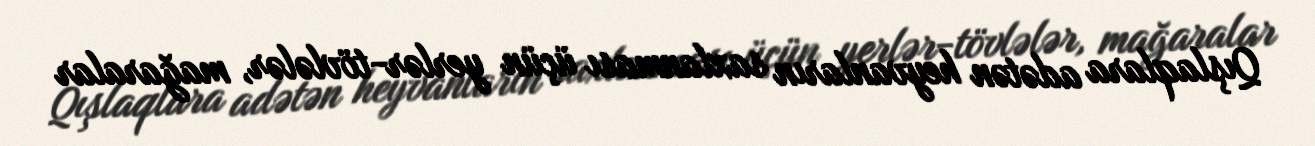
Qışlaqlara adətən heyvanların saxlanması üçün yerlər-tövlələr, mağaralar